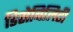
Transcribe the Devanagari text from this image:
डिसेबिलिटी